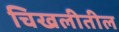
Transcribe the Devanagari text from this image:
चिखलीतील